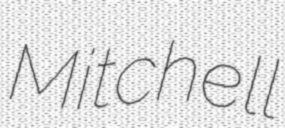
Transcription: Mitchell